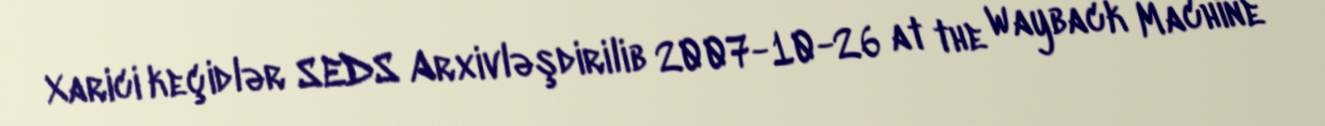
Xarici keçidlər SEDS Arxivləşdirilib 2007-10-26 at the Wayback Machine